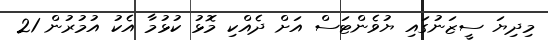
މިދިޔަ ސީޒަނުގައި ޔުވެންޓަސް އަށް ދެއްކި މޮޅު ކުޅުމާ އެކު އުމުރުން 21